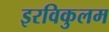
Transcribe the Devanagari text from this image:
इरविकुलम